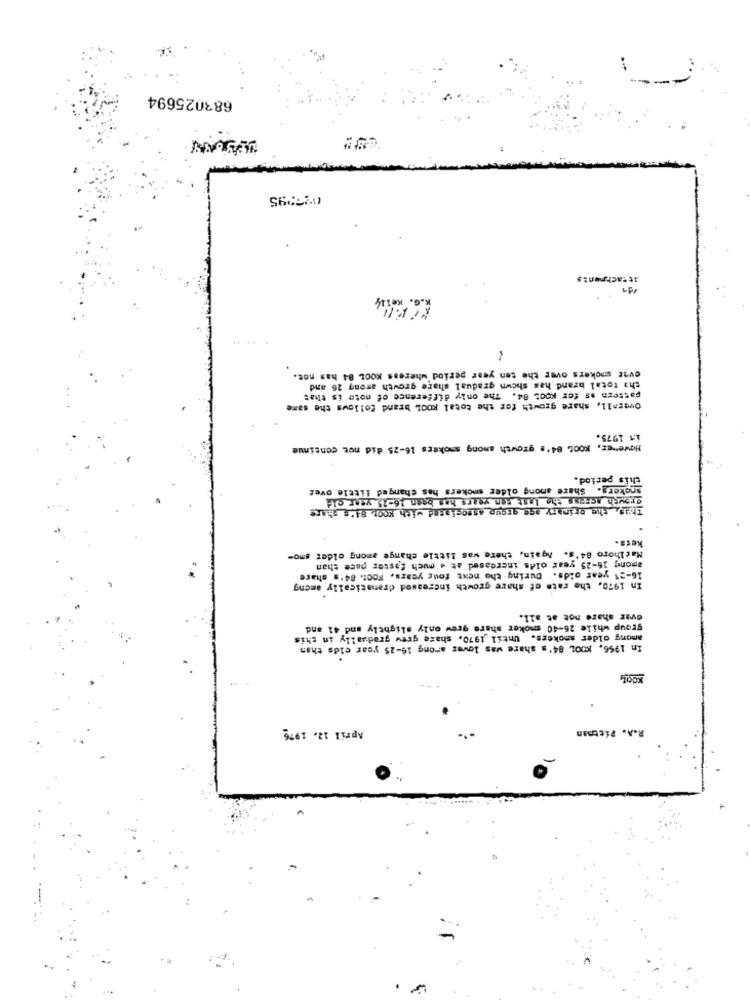
683025694
02795
Attachments
ovi giokers over the ten year period wherens KOOL 84 has not.
tha total brand has shown gradual share growth arong 26 and
pattern as for KOOL 04. The only difference of note is that
Overall, share growth for the total KOOL brand follows the same
in 1975.
However, KOOL 84's growth among smokers 16-25 did not continue
this period.
smokers. Share among older smokers has changed little over
growth across the Inst sen years has been 16-25 year old
Thil, the orinary age group associated with Koor, 84'e share
kers.
Marlhoro 84's. Again, there was little change among older smo-
among 16-25 year olds increased at . much faster pace than
16-21 year olds. During the next four years, KOCt. 84's share
In 1970. the rate of share growth increased dramatically among
ovar share not at all.
group while 26-40 smoker share grew only slightly and 41 and
among older smokers. Until ,1970, share grew gradually in this
In 1956, KOOL 84's share was lower arong 16-25 year olds than
April 12. 1976
R.A. Pittman